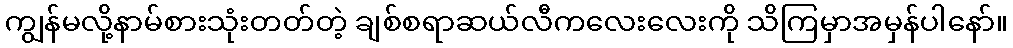
ကျွန်မလို့နာမ်စားသုံးတတ်တဲ့ ချစ်စရာဆယ်လီကလေးလေးကို သိကြမှာအမှန်ပါနော်။